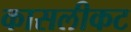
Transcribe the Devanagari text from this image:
कासलीकट